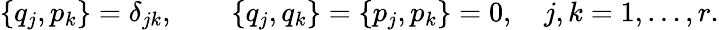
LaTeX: \{ q_{j},p_{k}\} =\delta_{jk},\qquad\{ q_{j},q_{k}\} =\{ p_{j},p_{k}\} =0,\quad j,k=1,\ldots,r.